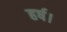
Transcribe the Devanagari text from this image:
हर्ष।